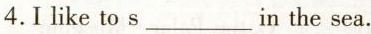
4.I like to s___in the sea.